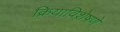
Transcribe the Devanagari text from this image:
क्रियाविशेषणे